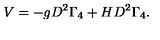
V = - g D ^ { 2 } \Gamma _ { 4 } + H D ^ { 2 } \Gamma _ { 4 } .